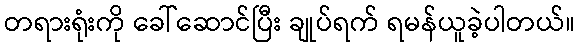
တရားရုံးကို ခေါ်ဆောင်ပြီး ချုပ်ရက် ရမန်ယူခဲ့ပါတယ်။